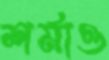
শর্মাও